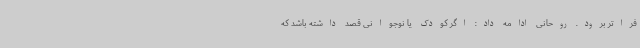
فراتر برود. روحانی ادامه داد: اگر کودک یا نوجوانی قصد داشته باشد که